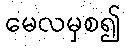
မေလမှစ၍